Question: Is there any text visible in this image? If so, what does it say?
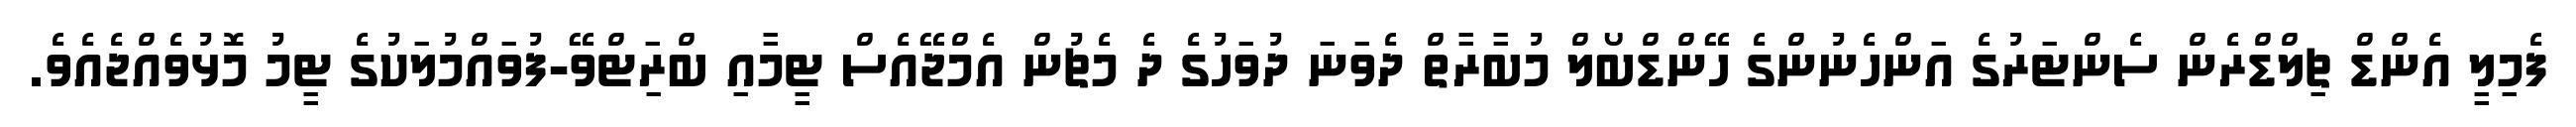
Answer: ފެމިލީ އެންޑް ޗިލްޑްރެން ސެންޓަރުގެ އަންހެނުންގެ ހޭންޑްބޯލް މުބާރާތް ދެވަނަ ދުވަހުގެ ދެ މެޗުން އެމްޖޭއެސް ޓީމާއި ބްރަިޓްވޭ-ފުވައްމުލަކުގެ ޓީމު މޮޅުވެއްޖެއެވެ.